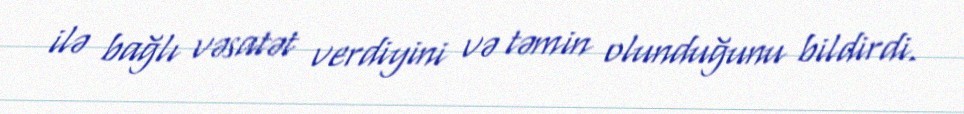
ilə bağlı vəsatət verdiyini və təmin olunduğunu bildirdi.